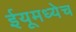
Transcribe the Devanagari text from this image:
ईयूमध्येच